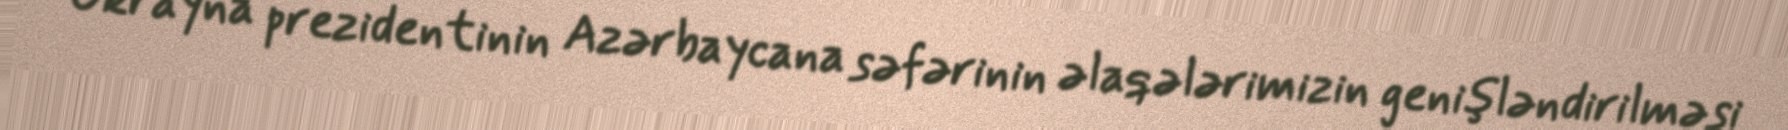
Ukrayna prezidentinin Azərbaycana səfərinin əlaqələrimizin genişləndirilməsi